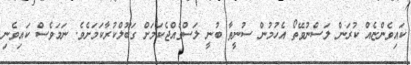
ކައިވެންޏެއް ކުރަން ލަސްނުވޭތޯ އެހުމުން ސުނީތާ ބުނީ ލަސްވެއްޖެކަމަށް ގަބޫލްކުރާކަމަށެވެ. ނަމަވެސް ކައިވެނި